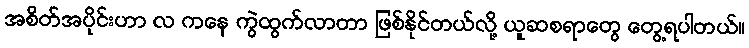
အစိတ်အပိုင်းဟာ လ ကနေ ကွဲထွက်လာတာ ဖြစ်နိုင်တယ်လို့ ယူဆစရာတွေ တွေ့ရပါတယ်။